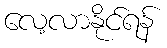
လေ့လာနိုင်ရန်